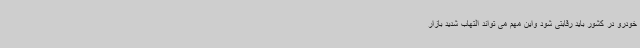
خودرو در کشور باید رقابتی شود واین مهم می تواند التهاب شدید بازار